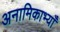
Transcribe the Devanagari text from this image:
अनामिकाभ्याँ